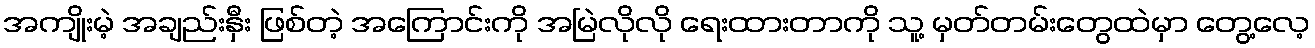
အကျိုးမဲ့ အချည်းနှီး ဖြစ်တဲ့ အကြောင်းကို အမြဲလိုလို ရေးထားတာကို သူ့ မှတ်တမ်းတွေထဲမှာ တွေ့လေ့